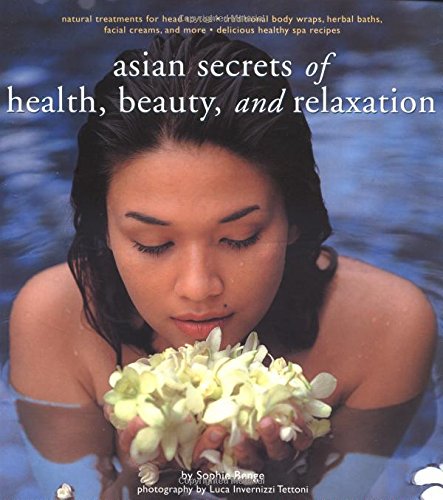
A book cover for Asian Secrets of Health, Beauty and Relaxation; Sophie Benge; Health, Fitness & Dieting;